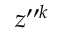
z ^ { \prime \prime k }